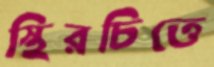
স্থিরচিত্তে